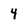
Character: 4